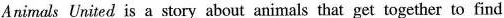
Animals United is a story about animals that get together to find